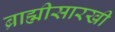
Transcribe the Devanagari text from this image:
ब्राह्मीसारखी